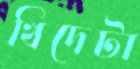
খিদেটা